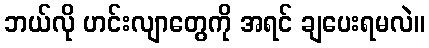
ဘယ်လို ဟင်းလျာတွေကို အရင် ချပေးရမလဲ။